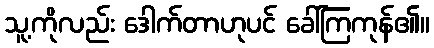
သူ့ကိုလည်း ဒေါက်တာဟုပင် ခေါ်ကြကုန်၏။